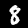
Digit: 8